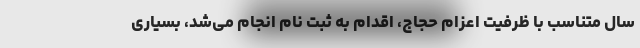
سال متناسب با ظرفیت اعزام حجاج، اقدام به ثبت نام انجام می‌شد، بسیاری